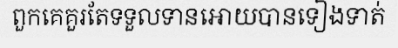
ពួកគេគួរតែទទួលទានអោយបានទៀងទាត់